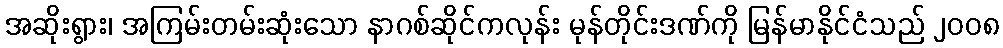
အဆိုးရွား၊ အကြမ်းတမ်းဆုံးသော နာဂစ်ဆိုင်ကလုန်း မုန်တိုင်းဒဏ်ကို မြန်မာနိုင်ငံသည် ၂၀၀၈